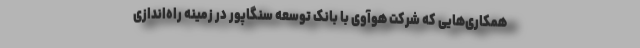
همکاری‌هایی که شرکت هوآوی با بانک توسعه سنگاپور در زمینه راه‌اندازی